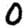
Digit: 0